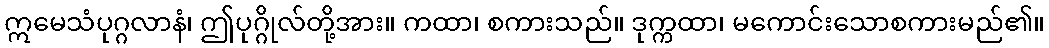
ဣမေသံပုဂ္ဂလာနံ၊ ဤပုဂ္ဂိုလ်တို့အား။ ကထာ၊ စကားသည်။ ဒုက္ကထာ၊ မကောင်းသောစကားမည်၏။